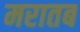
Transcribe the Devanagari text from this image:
मरातब